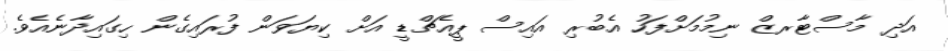
އަދި މާސްޓާރޒް ނިމުމަށްފަހު އެބުރި އައިސް ޕީއެޗްޑީ އަށް ކިޔަވަން ފުރައިގެން ހިގައިދާނެއެވެ.